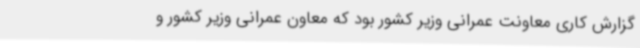
گزارش کاری معاونت عمرانی وزیر کشور بود که معاون عمرانی وزیر کشور و